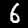
Digit: 6